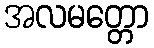
အလမတ္တော